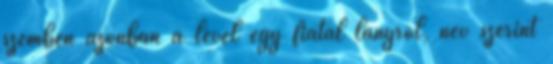
szemben azonban a levél egy fiatal lányról, név szerint